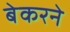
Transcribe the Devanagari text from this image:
बेकरने